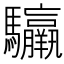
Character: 䯁